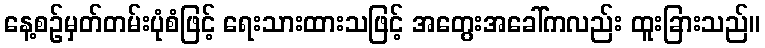
နေ့စဉ်မှတ်တမ်းပုံစံဖြင့် ရေးသားထားသဖြင့် အတွေးအခေါ်ကလည်း ထူးခြားသည်။